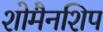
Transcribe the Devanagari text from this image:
शोमैनशिप